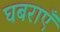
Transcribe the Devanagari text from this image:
घबराएँ